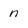
Character: n